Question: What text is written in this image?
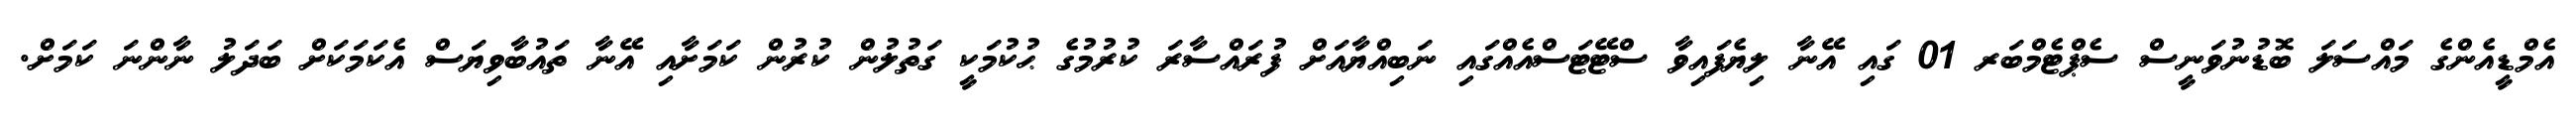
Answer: އެމްޑީއެންގެ މައްސަލަ ބޮޑުނުވަނީސް ސެޕްޓެމްބަރ 01 ގައި އޭނާ ލިޔެފައިވާ ސްޓޭޓަސްއެއްގައި ނަބިއްޔާއަށް ފުރައްސާރަ ކުރުމުގެ ޙުކުމަކީ ގަތުލުން ކުރުން ކަމަށާއި އޭނާ ތައުބާވިޔަސް އެކަމަކަށް ބަދަލު ނާންނަ ކަމަށް.